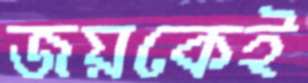
জয়কেই